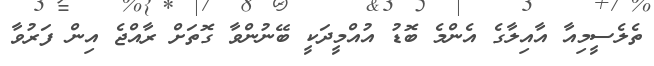
ތެލެސީމިއާ އާއިލާގެ އެންމެ ބޮޑު އުއްމީދަކީ ބޭނުންވާ ގޮތަށް ރާއްޖެ އިން ފަރުވާ